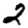
Digit: 2